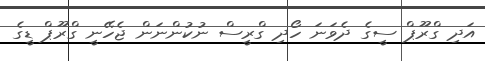
އަދި ގްރޫޕް ސީގެ ދެވަނަ ހޯދި ގްރީސް ނުކުންނަން ޖެހޭނީ ގްރޫޕް ޑީގެ